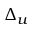
\Delta _ { u }